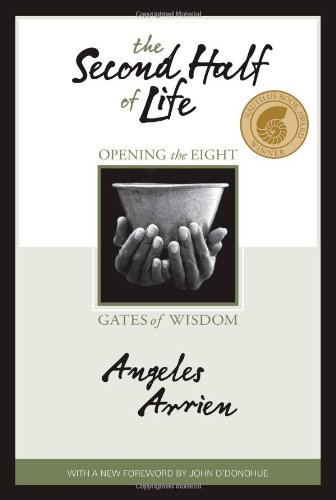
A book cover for The Second Half of Life: Opening the Eight Gates of Wisdom; Angeles Arrien; Self-Help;